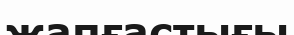
жапғастығы